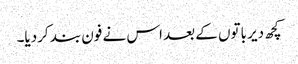
کچھ دیر باتوں کے بعد اس نے فون بند کردیا۔